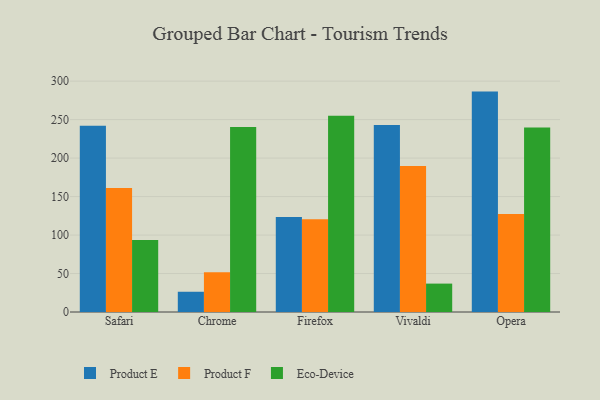
{"axis": {"x": "Browser", "y": "Website Visitors"}, "legend": ["Eco-Device", "Product E", "Product F"], "data": [{"x": "Safari", "y": 242.0, "type": "Product E"}, {"x": "Safari", "y": 161.0, "type": "Product F"}, {"x": "Safari", "y": 93.6, "type": "Eco-Device"}, {"x": "Chrome", "y": 26.3, "type": "Product E"}, {"x": "Chrome", "y": 51.7, "type": "Product F"}, {"x": "Chrome", "y": 240.3, "type": "Eco-Device"}, {"x": "Firefox", "y": 123.6, "type": "Product E"}, {"x": "Firefox", "y": 120.6, "type": "Product F"}, {"x": "Firefox", "y": 255.0, "type": "Eco-Device"}, {"x": "Vivaldi", "y": 242.9, "type": "Product E"}, {"x": "Vivaldi", "y": 189.8, "type": "Product F"}, {"x": "Vivaldi", "y": 36.9, "type": "Eco-Device"}, {"x": "Opera", "y": 286.4, "type": "Product E"}, {"x": "Opera", "y": 127.5, "type": "Product F"}, {"x": "Opera", "y": 239.9, "type": "Eco-Device"}]}